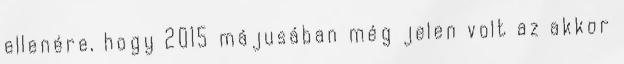
ellenére, hogy 2015 májusában még jelen volt az akkor